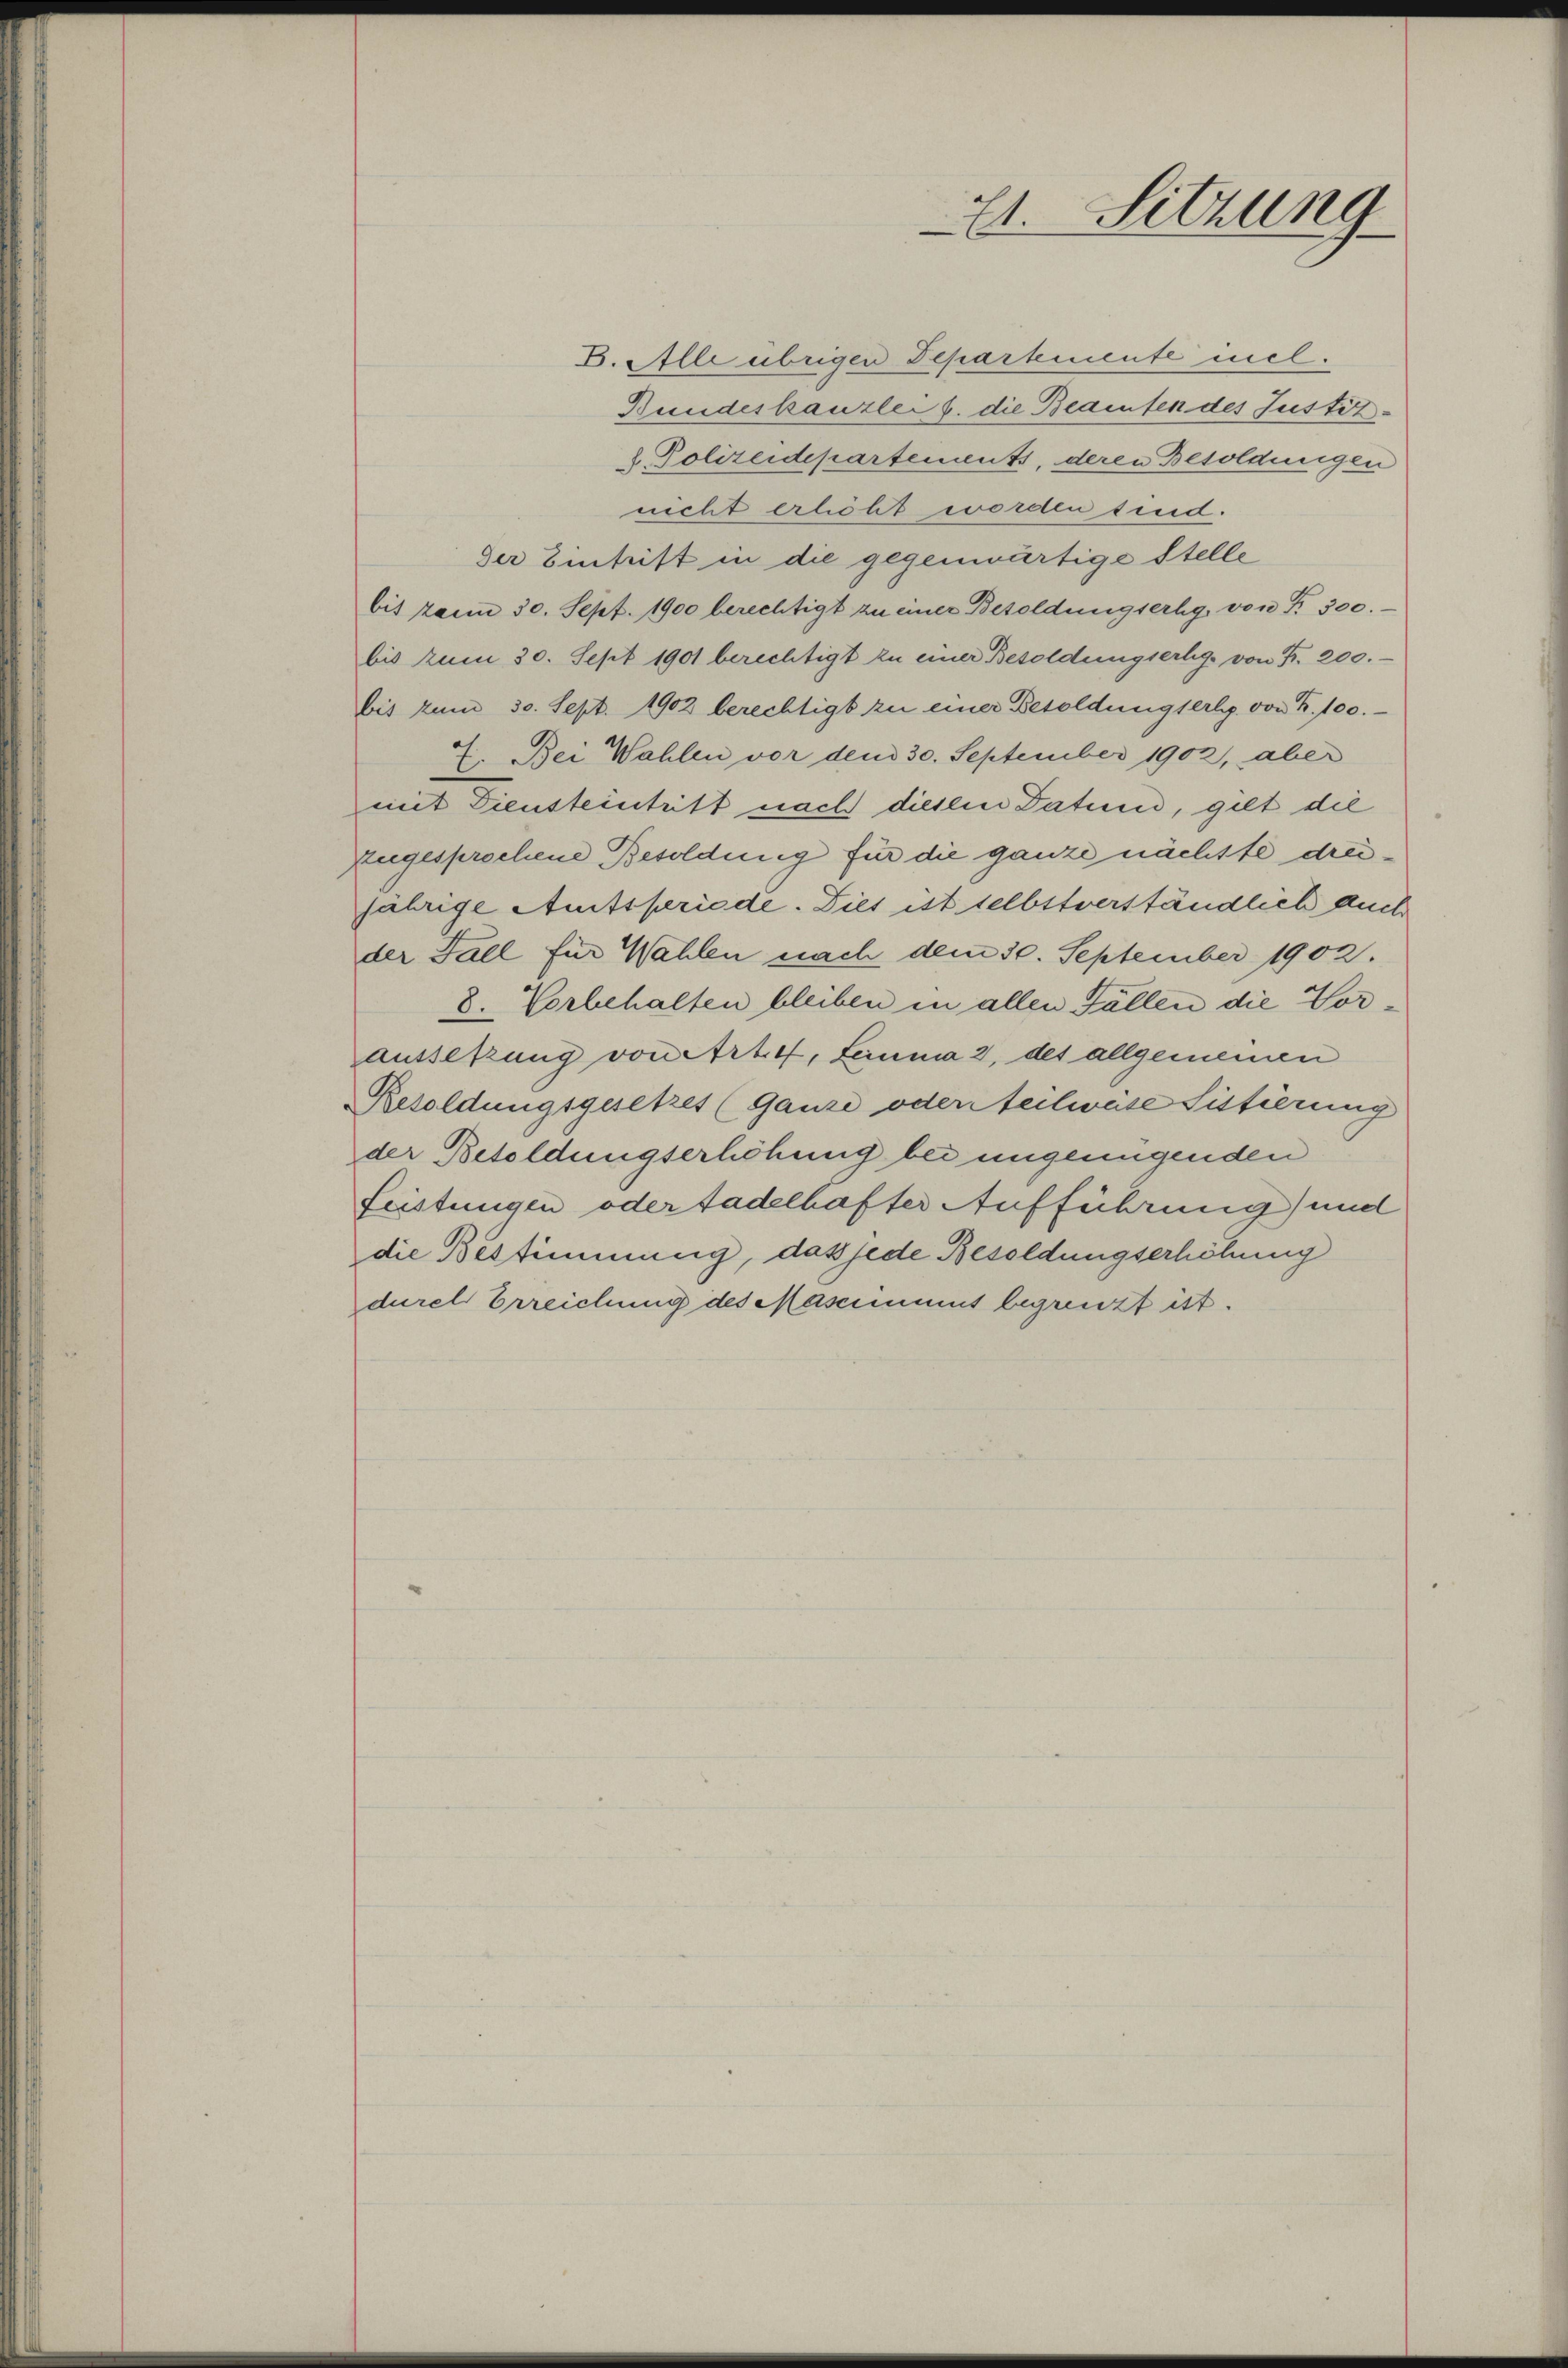
1. Sitzung

6. Alle übrigen Departemente incl.
Bundeskanzlei s. die Beamten des Justiz-
8. Polizeidepartements, deren Besoldungen
nicht erhöht worden sind.
der Eintrift in die gegenwärtige Stelle
bis kaum 30. Sept. 1900 berechtigt zu einer Besoldungserhg, von Fr. 300.
bis zum 30. Sept 1901 berechtigt zu einer Besoldungserhg. von Fr. 200.
bis zum 30. Sept. 1902 berechtigt zu einer Besoldungserhp. von Fr. 100.
7. Bei Wahlen vor dem 30. September 1902, aber
mit Diensteintritt nach diesem Datum, gilt die
zugesprochene Besoldung für die ganze nächste dreijährige Amtsperiode. Dies ist selbstverständlich auch
der Fall für Wahlen nach dem 30. September 1902.
8. Vorbehalten bleiben in allen Fällen die Vorausserung vonetrt. 4, Lemma 2 des allgemeinen
Besoldungsgesetzes (Ganze oder teilwese Sistierung
der Besoldungserhöhung bei ungenügenden
Leistungen oder tadelhafter Aufführung) und
die Bestimmung, daß jede Besoldungserhöhung
durch Erreichung des Mascinmut begrenzt ist.